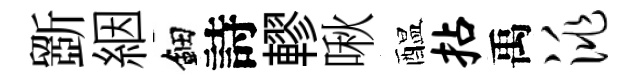
斵絪鈿詩轇啾醖拈禹洮